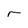
Character: r